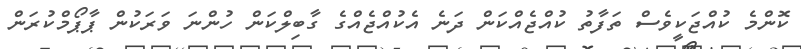
ކޮންމެ ކުއްޖަކީވެސް ތަފާތު ކުއްޖެއްކަން ދަނެ އެކުއްޖެއްގެ ގާބިލްކަން ހުންނަ ވަރަކުން ޕާޕޯމްކުރަން